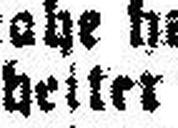
heiter